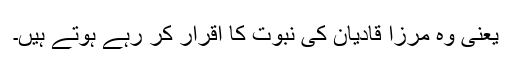
یعنی وہ مرزا قادیان کی نبوت کا اقرار کر رہے ہوتے ہیں۔